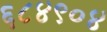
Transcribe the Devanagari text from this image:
६८४९०४